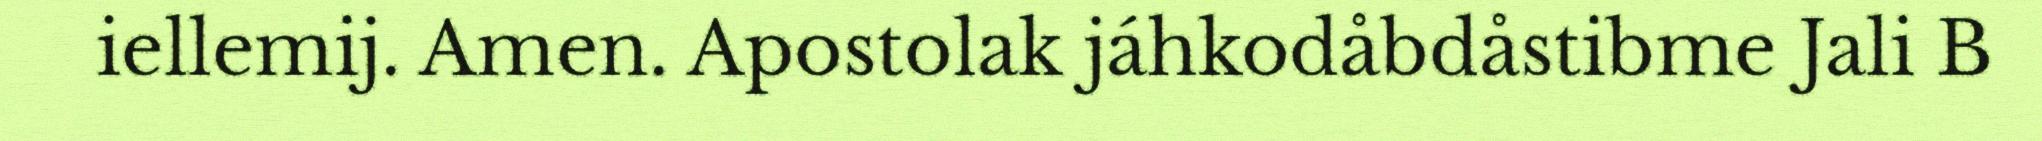
iellemij. Amen. Apostolak jáhkodåbdåstibme Jali B